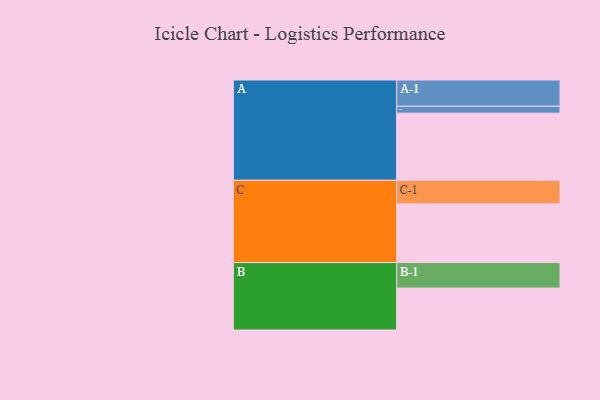
{"axis": {"x": "Segment", "y": "Value"}, "legend": ["", "A", "B", "C"], "data": [{"x": "A", "y": 484, "type": ""}, {"x": "B", "y": 302, "type": ""}, {"x": "C", "y": 423, "type": ""}, {"x": "A-1", "y": 189, "type": "A"}, {"x": "A-2", "y": 50, "type": "A"}, {"x": "B-1", "y": 184, "type": "B"}, {"x": "C-1", "y": 170, "type": "C"}]}